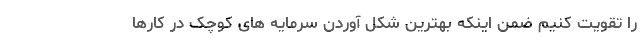
را تقویت کنیم ضمن اینکه بهترین شکل آوردن سرمایه های کوچک در کارها